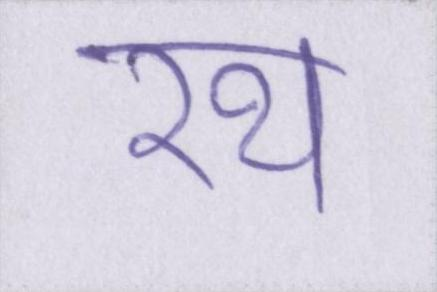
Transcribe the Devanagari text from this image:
रथ